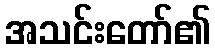
အသင်းတော်၏